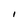
Character: I